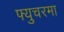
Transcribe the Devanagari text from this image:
फ्युचरमा